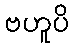
ဗဟူပိ